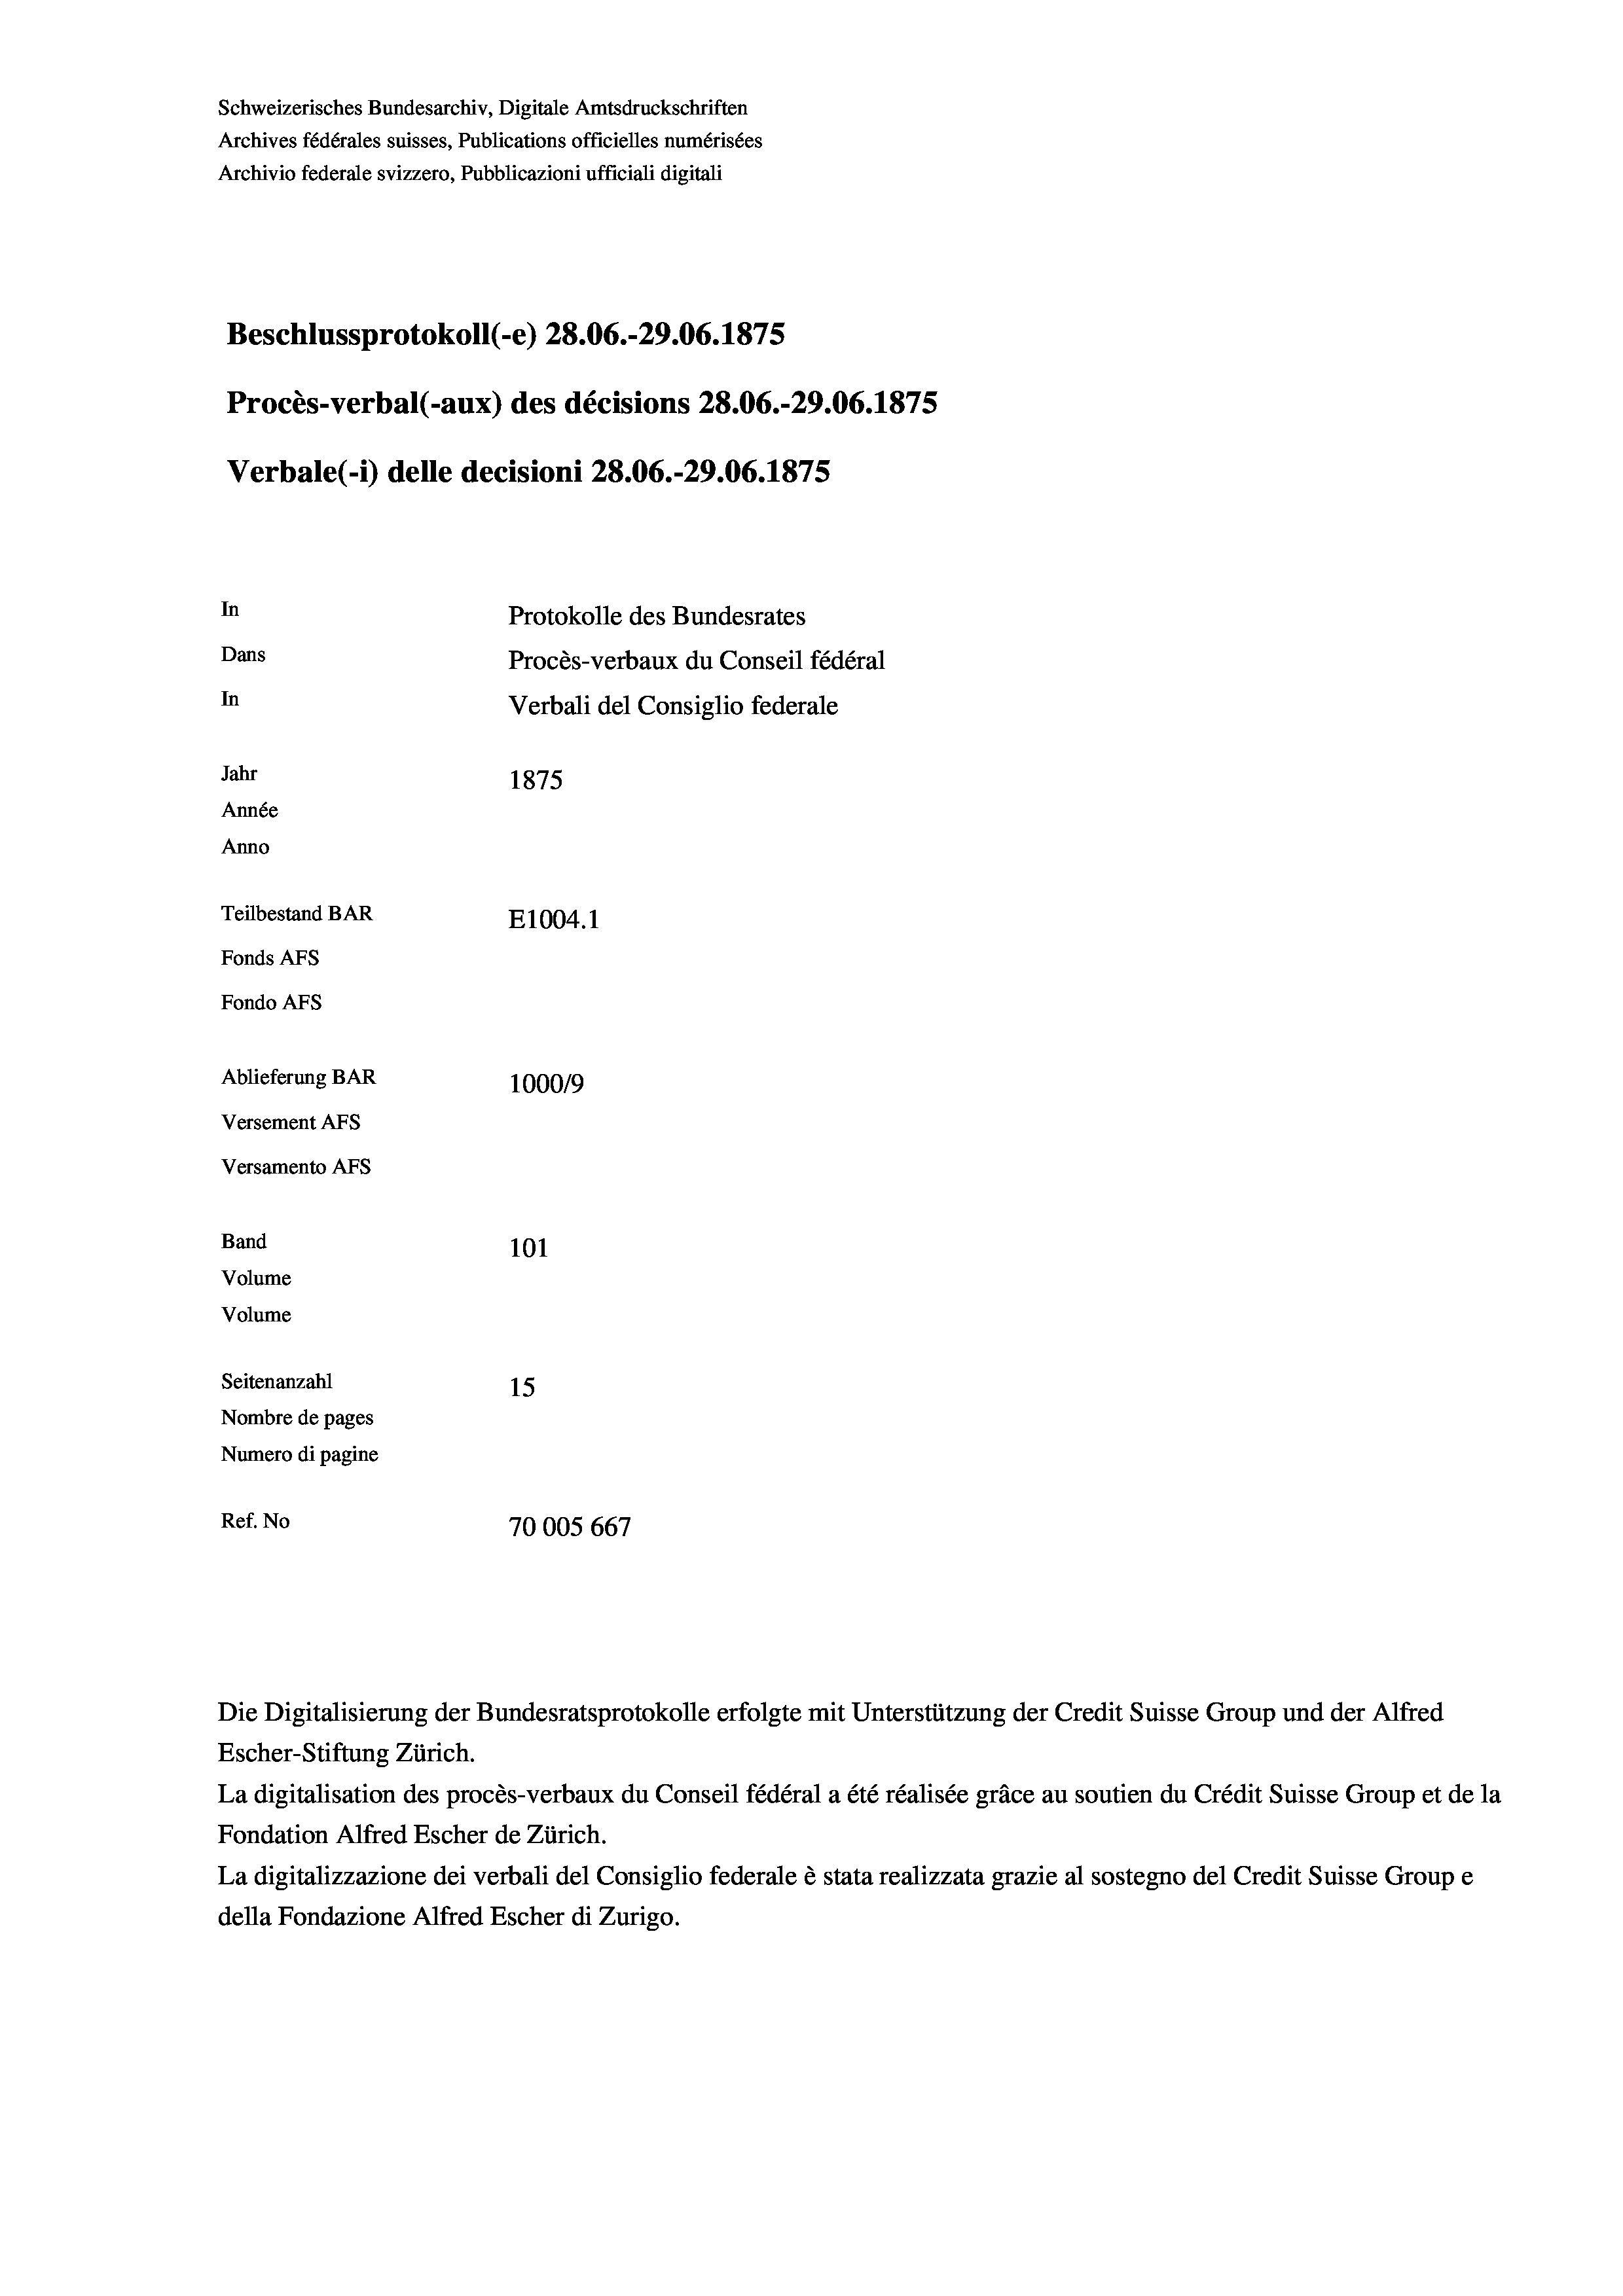
Schweizerisches Bundesarchiv, Digitale Amtsdruckschriften
Archives fédérales suisses, Publications officielles numérisées
Archivio federale svizzero, Pubblicazioni ufficiali digitali
Beschlussprotokoll (-e) 28.06.-29.06. 1875
Procès-verbal (-aux) des décisions 28.06.-29.06. 1875
Verbale (- 1) delle decisioni 28.06.-29.06. 1875
In
Protokolle des Bundesrates
Dans
Procès-verbaux du Conseil fédéral
In
Verbali del Consiglio federale
Jahr
1875
Année
Anno
Teilbestand BAR
E1004.1
Fonds AFs
Fondo Afs
Ablieferung BAR
10009
Versement AFs
Versamento Afs
Band
101
Volume
Volume

Seitenanzahl
15
Nombre de pages
Numero di pagine
Ref. No
70005 667

Escher-Stiftung Zürich.
La digitalisation des procès-verbaux du Conseil fédéral a été réalisée gräce au soutien du Crédit Suisse Group et de la
Fondation Alfred Escher de Zürich.
La digitalizzazione dei verbali del Consiglio federale è stata realizzata grazie al sostegno del Credit Suisse Groupe
della Fondazione Alfred Escher di Zurigo.

Die Digitalisierung der Bundesratsprotokolle erfolgte mit Unterstützung der Credit Suisse Group und der Alfred